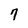
Character: 7